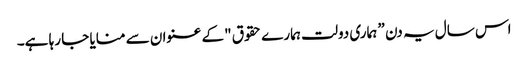
اس سال یہ دن ” ہماری دولت ہمارے حقوق "کے عنوان سے منایا جا رہا ہے۔